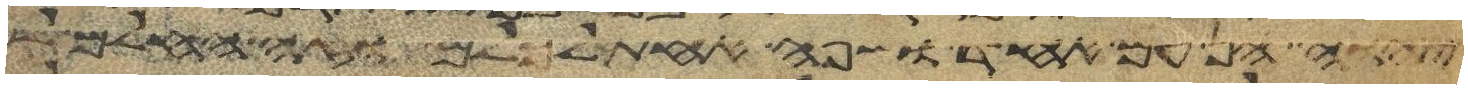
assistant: יהוה הן עם אחד ושפה אחת לכלם וזה החלם